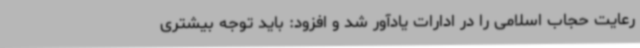
رعایت حجاب اسلامی را در ادارات یادآور شد و افزود: باید توجه بیشتری